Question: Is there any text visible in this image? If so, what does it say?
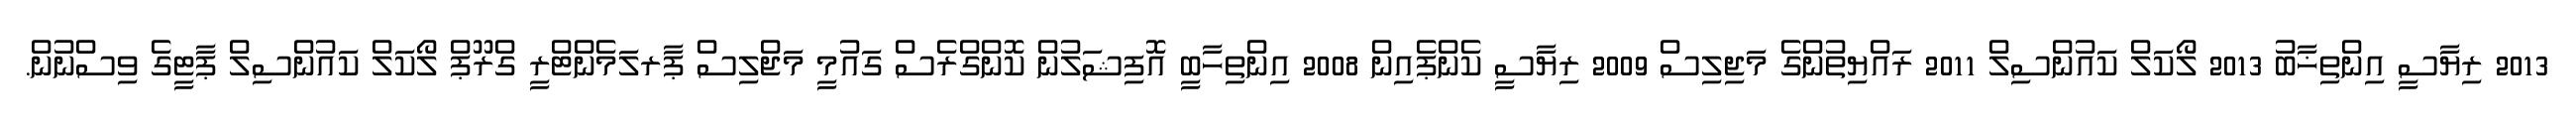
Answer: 2013 ރިޔާސީ އިންތިޚާބު 2013 ލޯކަލް ކައުންސިލް 2011 ރައްޔިތުންގެ މަޖިލިސް 2009 ރިޔާސީ ކެންޕެއިން 2008 އިންތިހާބީ އޮފިޝަލުން ކޮންގްރެސް ގައުމީ މަޖްލިސް ޕާރލަމެންޓްރީ ގްރޫޕް ލޯކަލް ކައުންސިލް ޕާޓީގެ ވިސްނުން.